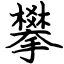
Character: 攀